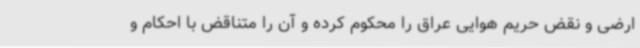
ارضی و نقض حریم هوایی عراق را محکوم کرده و آن را متناقض با احکام و